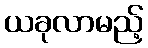
ယခုလာမည့်